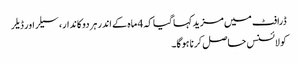
ڈرافٹ میں مزید کہا گیا کہ 4 ماہ کے اندر ہر دوکاندار، سیلراور ڈیلر
کو لائسنس حاصل کرنا ہوگا۔